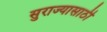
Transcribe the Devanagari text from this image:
सुराज्यासाठी